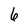
Character: 6